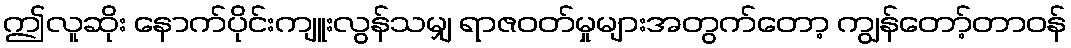
ဤလူဆိုး နောက်ပိုင်းကျူးလွန်သမျှ ရာဇဝတ်မှုများအတွက်တော့ ကျွန်တော့်တာဝန်